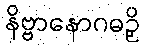
နိဗ္ဗာနောဂဓဉှိ